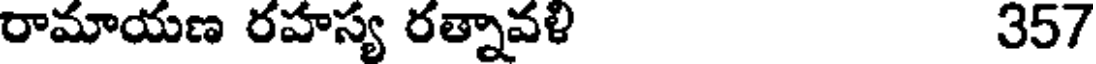
రామాయణ రహస్య రత్నావళి 357